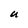
Character: U